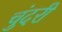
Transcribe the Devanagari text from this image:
चुंदरी